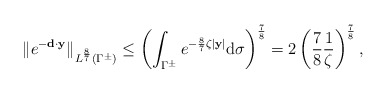
\begin{align*} \|e^{-\mathbf d\cdot \mathbf y}\|_{L^{\frac{8}{7}}(\Gamma ^\pm )} \leq \left(\int_{\Gamma^\pm}e^{-\frac{8}{7}\zeta \vert \mathbf y\vert}\mathrm d\sigma\right)^\frac{7}{8} =2\left( \frac{7}{8}\frac{1}{\zeta}\right)^{\frac{7}{8}}, \end{align*}